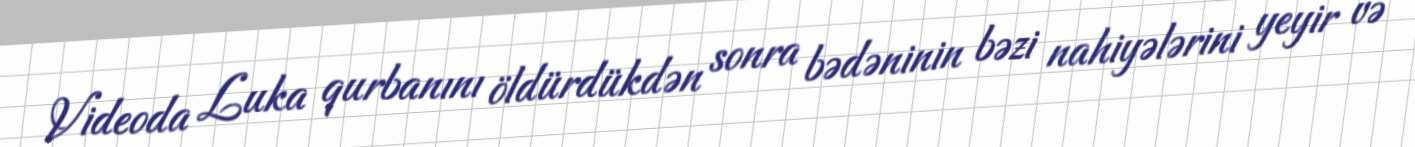
Videoda Luka qurbanını öldürdükdən sonra bədəninin bəzi nahiyələrini yeyir və